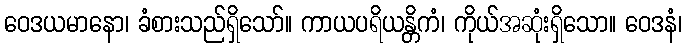
ဝေဒယမာနော၊ ခံစားသည်ရှိသော်။ ကာယပရိယန္တိကံ၊ ကိုယ်အဆုံးရှိသော။ ဝေဒနံ၊